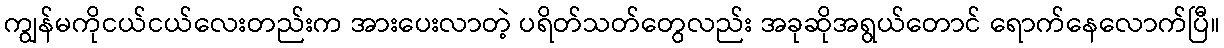
ကျွန်မကိုငယ်ငယ်လေးတည်းက အားပေးလာတဲ့ ပရိတ်သတ်တွေလည်း အခုဆိုအရွယ်တောင် ရောက်နေလောက်ပြီ။